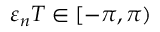
\varepsilon _ { n } T \in [ - \pi , \pi )